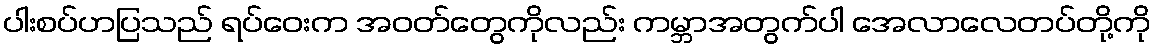
ပါးစပ်ဟပြသည် ရပ်ဝေးက အဝတ်တွေကိုလည်း ကမ္ဘာအတွက်ပါ အေလာလေတပ်တို့ကို